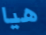
هيا